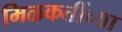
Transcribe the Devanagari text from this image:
मिळकतींच्या